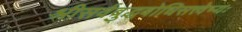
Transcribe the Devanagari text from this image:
श्रीसर्वबुद्धबोधिसत्त्वेभ्यः